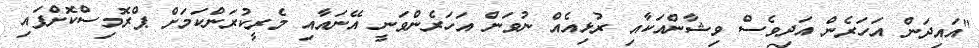
"އައިދަން އަހަރެން އަދިވެސް ވިޝާންއަކާއި ރުޅިއެއް ނުވަން އަހަރެންވަނީ އޭނައާއި މެރީކުރަންކަމަށް ޕްރޮމިސްކޮށްފައި